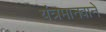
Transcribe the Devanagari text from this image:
यंत्रमानवाने